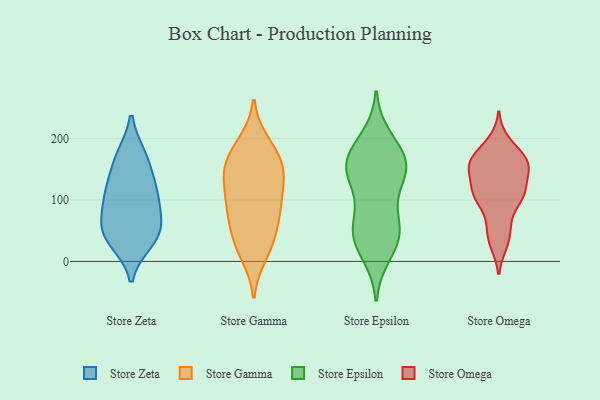
{"axis": {"x": "Inventory Turnover", "y": "Value"}, "legend": ["Store Epsilon", "Store Gamma", "Store Omega", "Store Zeta"], "data": [{"x": "", "y": 170, "type": "Store Zeta"}, {"x": "", "y": 33, "type": "Store Zeta"}, {"x": "", "y": 103, "type": "Store Zeta"}, {"x": "", "y": 50, "type": "Store Zeta"}, {"x": "", "y": 108, "type": "Store Zeta"}, {"x": "", "y": 171, "type": "Store Zeta"}, {"x": "", "y": 40, "type": "Store Zeta"}, {"x": "", "y": 49, "type": "Store Zeta"}, {"x": "", "y": 68, "type": "Store Zeta"}, {"x": "", "y": 105, "type": "Store Zeta"}, {"x": "", "y": 136, "type": "Store Zeta"}, {"x": "", "y": 20, "type": "Store Gamma"}, {"x": "", "y": 76, "type": "Store Gamma"}, {"x": "", "y": 188, "type": "Store Gamma"}, {"x": "", "y": 11, "type": "Store Gamma"}, {"x": "", "y": 89, "type": "Store Gamma"}, {"x": "", "y": 39, "type": "Store Gamma"}, {"x": "", "y": 77, "type": "Store Gamma"}, {"x": "", "y": 145, "type": "Store Gamma"}, {"x": "", "y": 134, "type": "Store Gamma"}, {"x": "", "y": 164, "type": "Store Gamma"}, {"x": "", "y": 89, "type": "Store Gamma"}, {"x": "", "y": 108, "type": "Store Gamma"}, {"x": "", "y": 193, "type": "Store Gamma"}, {"x": "", "y": 151, "type": "Store Gamma"}, {"x": "", "y": 162, "type": "Store Gamma"}, {"x": "", "y": 135, "type": "Store Gamma"}, {"x": "", "y": 40, "type": "Store Gamma"}, {"x": "", "y": 55, "type": "Store Epsilon"}, {"x": "", "y": 199, "type": "Store Epsilon"}, {"x": "", "y": 158, "type": "Store Epsilon"}, {"x": "", "y": 166, "type": "Store Epsilon"}, {"x": "", "y": 160, "type": "Store Epsilon"}, {"x": "", "y": 74, "type": "Store Epsilon"}, {"x": "", "y": 49, "type": "Store Epsilon"}, {"x": "", "y": 144, "type": "Store Epsilon"}, {"x": "", "y": 41, "type": "Store Epsilon"}, {"x": "", "y": 14, "type": "Store Epsilon"}, {"x": "", "y": 134, "type": "Store Epsilon"}, {"x": "", "y": 175, "type": "Store Epsilon"}, {"x": "", "y": 37, "type": "Store Epsilon"}, {"x": "", "y": 137, "type": "Store Epsilon"}, {"x": "", "y": 28, "type": "Store Omega"}, {"x": "", "y": 183, "type": "Store Omega"}, {"x": "", "y": 64, "type": "Store Omega"}, {"x": "", "y": 156, "type": "Store Omega"}, {"x": "", "y": 138, "type": "Store Omega"}, {"x": "", "y": 160, "type": "Store Omega"}, {"x": "", "y": 109, "type": "Store Omega"}, {"x": "", "y": 153, "type": "Store Omega"}, {"x": "", "y": 33, "type": "Store Omega"}, {"x": "", "y": 196, "type": "Store Omega"}, {"x": "", "y": 110, "type": "Store Omega"}, {"x": "", "y": 109, "type": "Store Omega"}, {"x": "", "y": 144, "type": "Store Omega"}, {"x": "", "y": 109, "type": "Store Omega"}, {"x": "", "y": 102, "type": "Store Omega"}, {"x": "", "y": 164, "type": "Store Omega"}, {"x": "", "y": 167, "type": "Store Omega"}, {"x": "", "y": 58, "type": "Store Omega"}, {"x": "", "y": 107, "type": "Store Omega"}, {"x": "", "y": 160, "type": "Store Omega"}]}